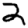
Digit: 2